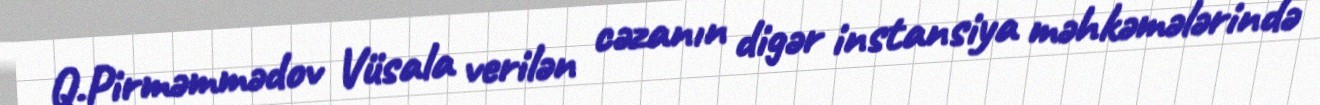
Q.Pirməmmədov Vüsala verilən cəzanın digər instansiya məhkəmələrində